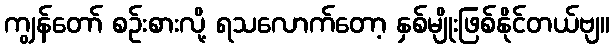
ကျွန်တော် စဉ်းစားလို့ ရသလောက်တော့ နှစ်မျိုးဖြစ်နိုင်တယ်ဗျ။